Indian journal of veterinary science and animal husbandry - Volumes 22-23, 1952-1953
Year: 1952
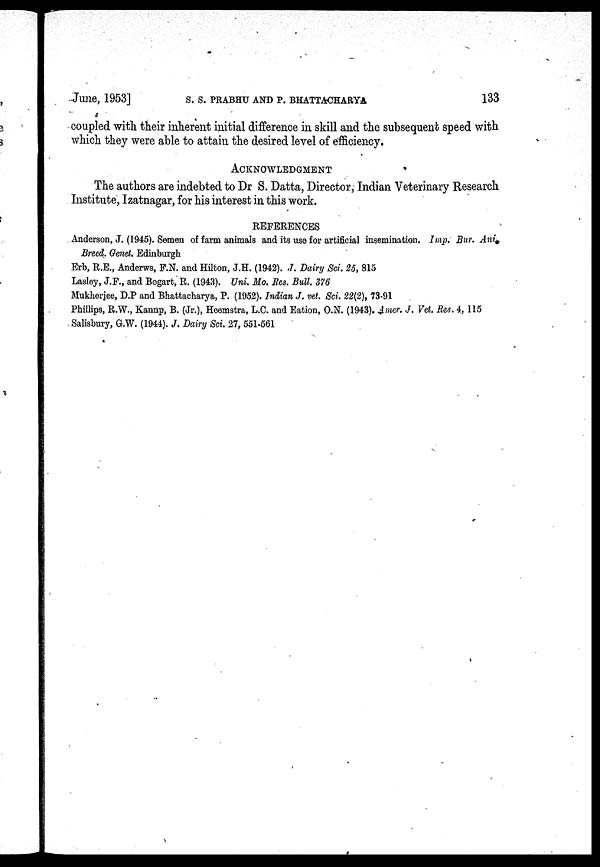
June, 1953] S. S. PRABHU AND P. BHATTACHARYA 133
coupled with their inherent initial difference in skill and the subsequent speed with
which they were able to attain the desired level of efficiency.
ACKNOWLEDGMENT
The authors are indebted to Dr S. Datta, Director, Indian Veterinary Research
Institute, Izatnagar, for his interest in this work.
REFERENCES
Anderson, J. (1945). Semen of farm animals and its use for artificial insemination. Imp. Bur. Ani
Breed. Genet. Edinburgh
Erb, R.E., Anderws, F.N. and Hilton, J.H. (1942). J. Dairy Sci. 25, 815
Lasley, J.F., and Bogart, R. (1943). Uni. Mo. Res. Bull. 376
Mukherjee, D.P and Bhattacharya, P. (1952). Indian J. vet. Sci. 22(2), 73-91
Phillips, R.W., Kannp, B. (Jr.), Heemstra, L.C. and Eation, O.N. (1943). Amer. J. Vet. Res. 4, 115
Salisbury, G.W. (1944). J. Dairy Sci. 27, 551-561